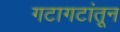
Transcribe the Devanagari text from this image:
गटागटांतून